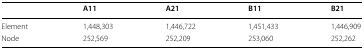
<table><thead><tr><td></td><td><b>A11</b></td><td><b>A21</b></td><td><b>B11</b></td><td><b>B21</b></td></tr></thead><tbody><tr><td>Element</td><td>1,448,303</td><td>1,446,722</td><td>1,451,433</td><td>1,446,909</td></tr><tr><td>Node</td><td>252,569</td><td>252,209</td><td>253,060</td><td>252,262</td></tr></tbody></table>